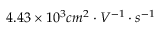
4 . 4 3 \times 1 0 ^ { 3 } c m ^ { 2 } \cdot V ^ { - 1 } \cdot s ^ { - 1 }